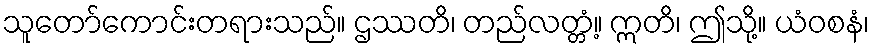
သူတော်ကောင်းတရားသည်။ ဌဿတိ၊ တည်လတ္တံ့။ ဣတိ၊ ဤသို့။ ယံဝစနံ၊